Annual administration report of the Civil Veterinary Department of India - 1894-1895
Year: 1894
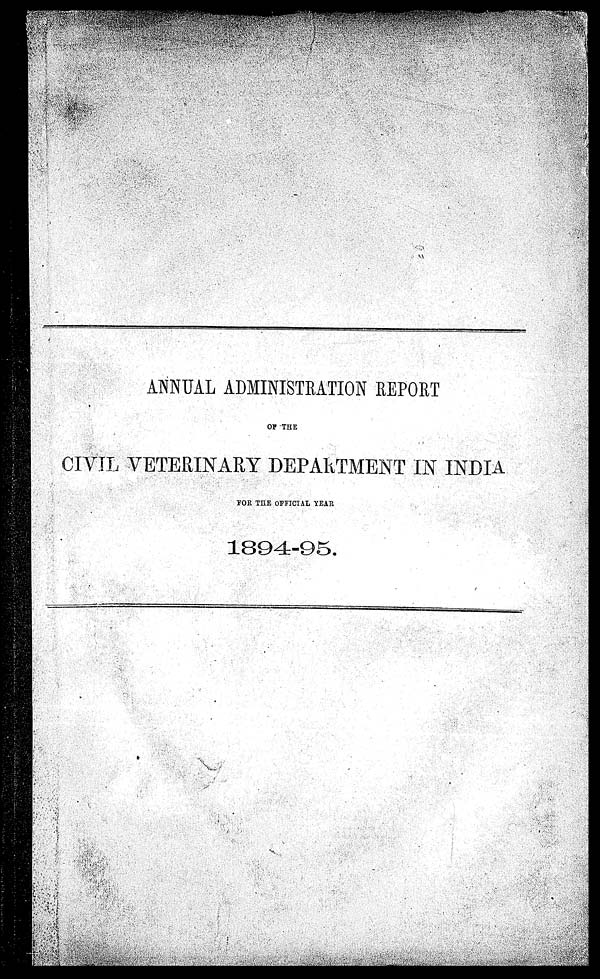
ANNUAL ADMINISTRATION REPORT
OF THE
CIVIL VETERINARY DEPARTMENT IN INDIA
FOR THE OFFICIAL YEAR
1894-95.